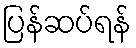
ပြန်ဆပ်ရန်